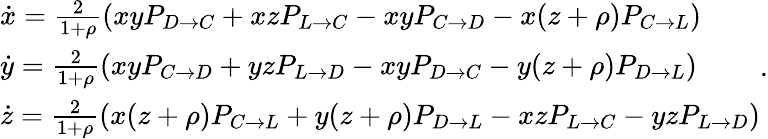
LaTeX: \begin{array}{l}{\dot{x}=\frac{2}{1+\rho}(xyP_{D\to C}+xzP_{L\to C}-xyP_{C\to D}-x(z+\rho)P_{C\to L})}\\ {\dot{y}=\frac{2}{1+\rho}(xyP_{C\to D}+yzP_{L\to D}-xyP_{D\to C}-y(z+\rho)P_{D\to L})}\\ {\dot{z}=\frac{2}{1+\rho}(x(z+\rho)P_{C\to L}+y(z+\rho)P_{D\to L}-xzP_{L\to C}-yzP_{L\to D})}\end{array}.